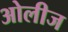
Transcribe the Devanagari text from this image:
ओलीज